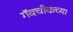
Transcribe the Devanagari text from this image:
गॅबचीकच्या